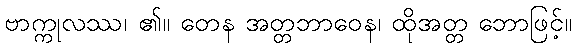
ဗာက္ကုလဿ၊ ၏။ တေန အတ္တဘာဝေန၊ ထိုအတ္တ ဘောဖြင့်။